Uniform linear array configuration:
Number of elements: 8
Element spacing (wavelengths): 1
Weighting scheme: cosine
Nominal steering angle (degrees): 15
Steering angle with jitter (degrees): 15.493
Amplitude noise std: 0.05
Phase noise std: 0.05

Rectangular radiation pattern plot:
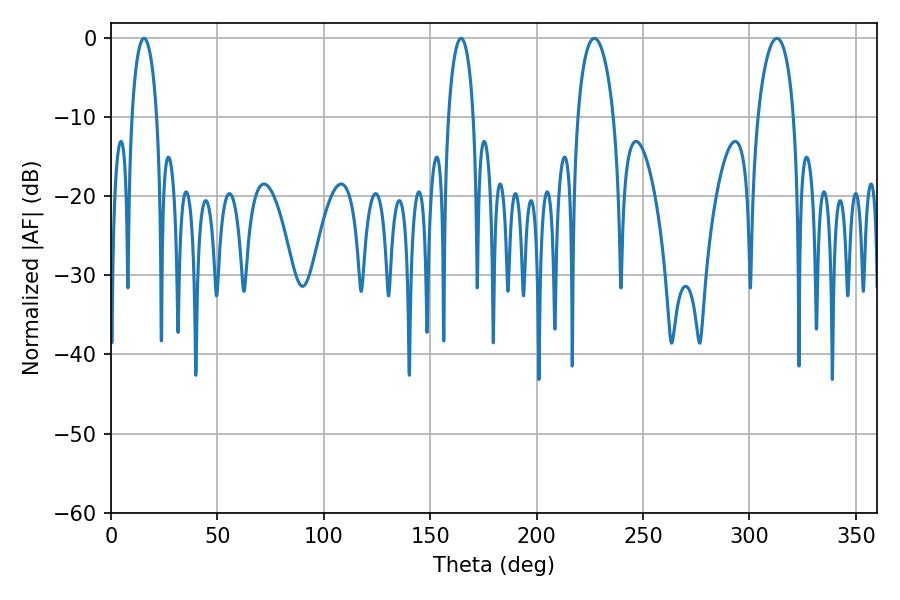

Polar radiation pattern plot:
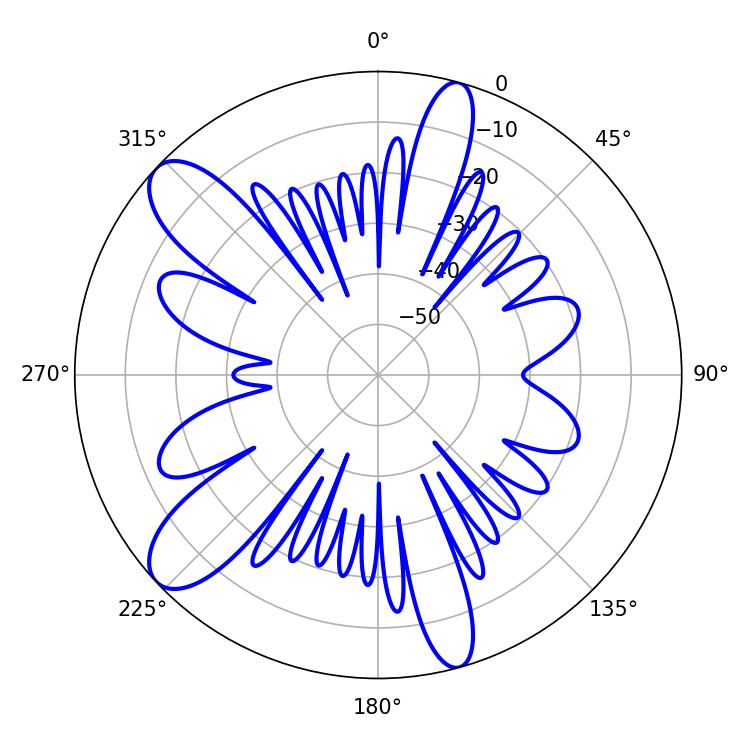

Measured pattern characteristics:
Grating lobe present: TRUE
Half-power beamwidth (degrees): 6.66
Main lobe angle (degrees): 15.48